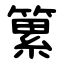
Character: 䉂